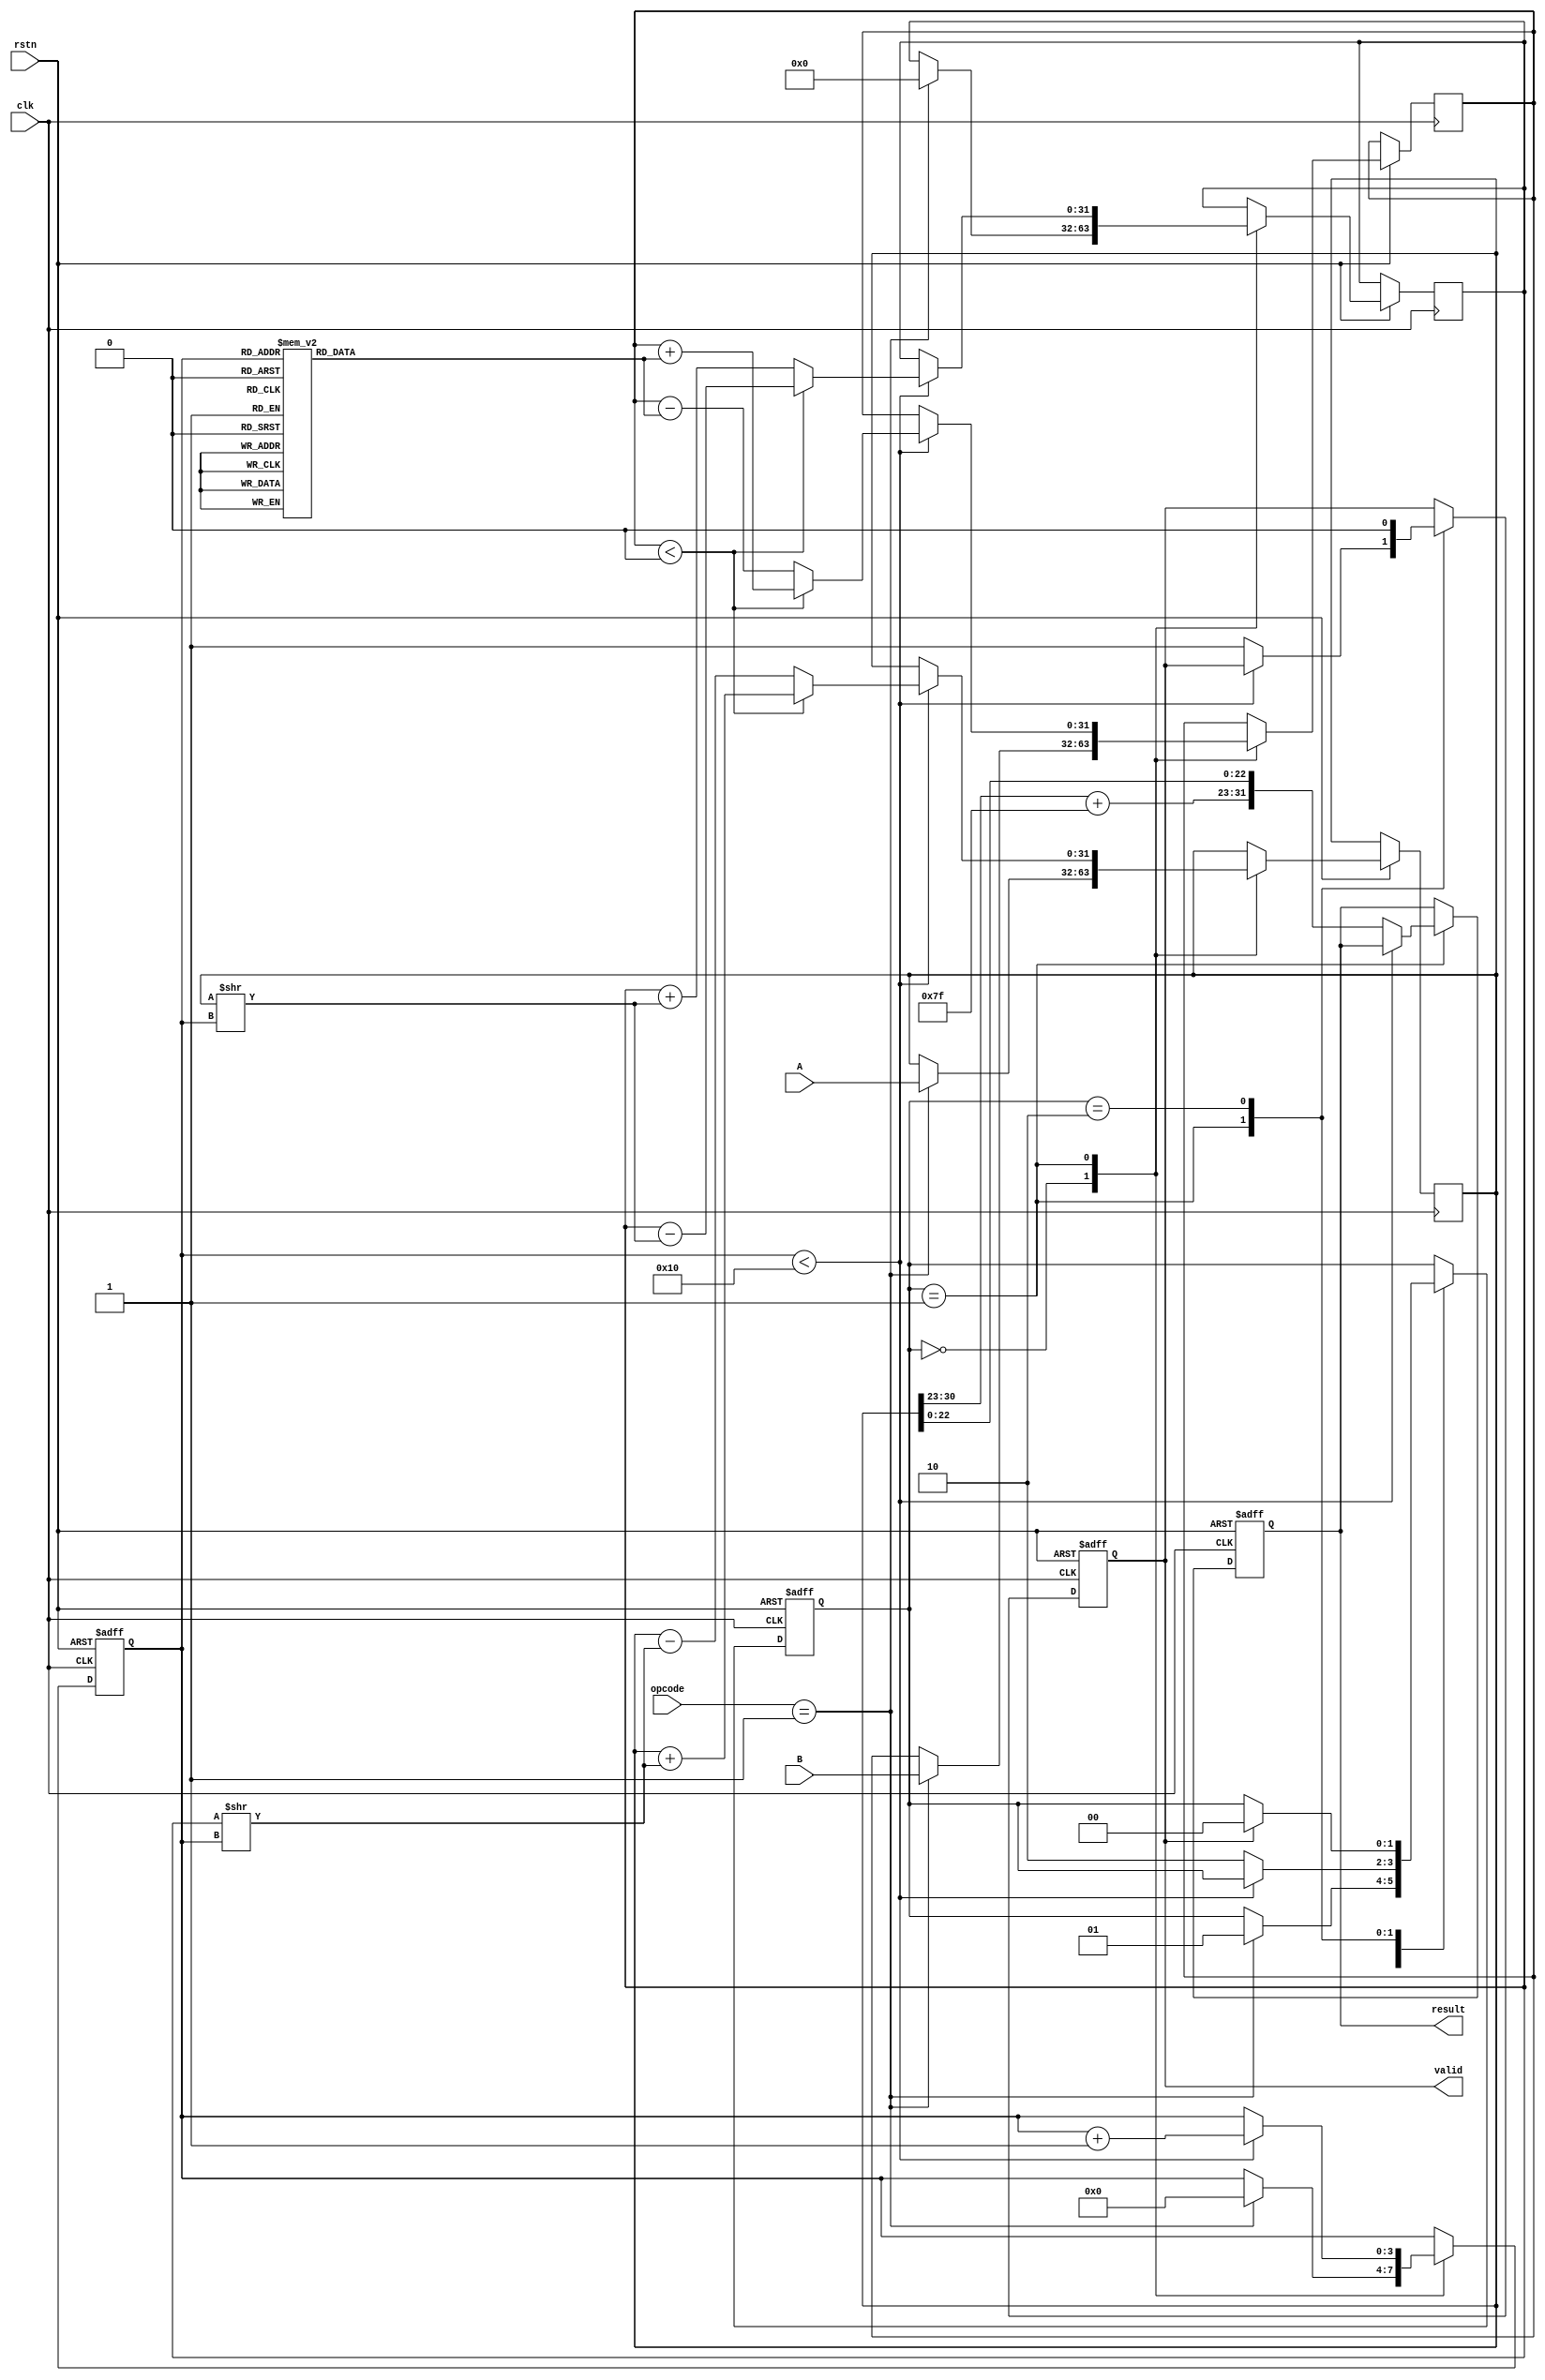
module cordic_fp (
    input wire clk,
    input wire rstn,
    input wire [31:0] A,        // Floating-point operand A (IEEE 754)
    input wire [31:0] B,        // Floating-point operand B (IEEE 754)
    input wire [3:0] opcode,    // Operation control signal
    output reg [31:0] result,    // Result in floating-point format
    output reg valid             // Output valid signal
);

    // Constants
    parameter NUM_ITERATIONS = 16; 
    reg [31:0] arctan_table [0:NUM_ITERATIONS-1]; // Arctangent values

    initial begin
        // Pre-compute arctangent values for CORDIC
        arctan_table[0] = 32'h00000000; // atan(1) in radians
        arctan_table[1] = 32'h26DD3B6A; // atan(0.5)
        arctan_table[2] = 32'h1C6A7F79; // atan(0.25)
        // Initialize other arctan values...
    end

    // Internal variables for CORDIC computation
    reg [31:0] x = 32'h00000000; // X value in the CORDIC operation
    reg [31:0] y = 32'h00000000; // Y value in the CORDIC operation
    reg [31:0] z = 32'h00000000; // Phase angle
    reg [3:0] count = 0;          // Counter for iterations
    reg [1:0] state;              // State for CORDIC logic

    // State Machine for control logic
    always @(posedge clk or negedge rstn) begin
        if (!rstn) begin
            // Reset all registers
            result <= 0;
            valid <= 0;
            count <= 0;
            state <= 2'b00; // Initial state
        end else begin
            case (state)
                2'b00: begin
                    // Load inputs and start operation
                    if (opcode == 4'b0001) begin // e.g., Sine operation
                        x <= A; // prepare for sine (x = A)
                        y <= 0; // y = 0
                        z <= B; // initial angle
                        state <= 2'b01; // Transition to computation
                        count <= 0; // Reset counter
                    end
                    // Extend cases for other operations...
                end
                2'b01: begin
                    // CORDIC iterations
                    if (count < NUM_ITERATIONS) begin
                        // Update x, y, z based on CORDIC algorithm
                        // Simplified model:
                        if (z < 0) begin
                            // Apply negative rotation
                            x <= x + (y >> count);
                            y <= y - (x >> count);
                            z <= z + arctan_table[count]; // Adjust angle
                        end else begin
                            // Apply positive rotation
                            x <= x - (y >> count);
                            y <= y + (x >> count);
                            z <= z - arctan_table[count]; // Adjust angle
                        end
                        count <= count + 1; // Increment iteration counter
                    end else begin
                        // All iterations complete
                        result <= {1'b0, x[30:23] + 127, x[22:0]}; // Placeholder for floating-point result
                        valid <= 1; // Signal that result is valid
                        state <= 2'b10; // Transition to output
                    end
                end
                2'b10: begin
                    // Wait for read or reset
                    if (valid) begin
                        // Reset valid signal after reading
                        valid <= 0; 
                        state <= 2'b00; // Return to initial state
                    end
                end
            endcase
        end
    end
endmodule